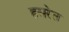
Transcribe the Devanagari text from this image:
हसरेल